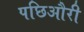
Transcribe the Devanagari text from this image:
पछिऔरी